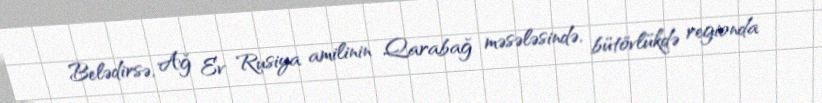
Belədirsə, Ağ Ev Rusiya amilinin Qarabağ məsələsində, bütövlükdə regionda